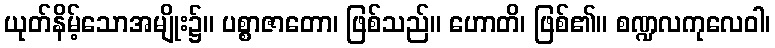
ယုတ်နိမ့်သောအမျိုး၌။ ပစ္စာဇာတော၊ ဖြစ်သည်။ ဟောတိ၊ ဖြစ်၏။ စဏ္ဍလကုလေဝါ၊